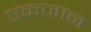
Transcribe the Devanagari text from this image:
एकजान